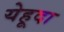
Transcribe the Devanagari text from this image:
येहूदा